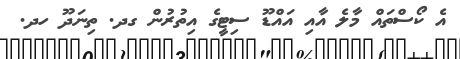
އެ ކޯސްތައް މާލެ އާއި އައްޑޫ ސިޓީގެ އިތުރުން ގދ. ތިނަދޫ ހދ.